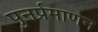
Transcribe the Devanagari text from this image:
पुनर्प्रमाणन